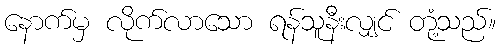
နောက်မှ လိုက်လာသော ရန်သူနီးလျှင် တုံ့သည်။